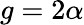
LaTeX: g=2\alpha